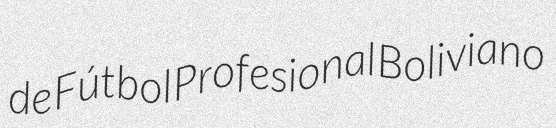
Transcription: de Fútbol Profesional Boliviano